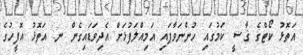
އަތޮޅު ކޯޓްގެ ޤާޟީ ކަމުގައި ހުންނަވާފައި އަމިއްލަފުޅަށް އެދިވަޑައިގެން ނ. އަތޮޅު އޮފީހުގެ